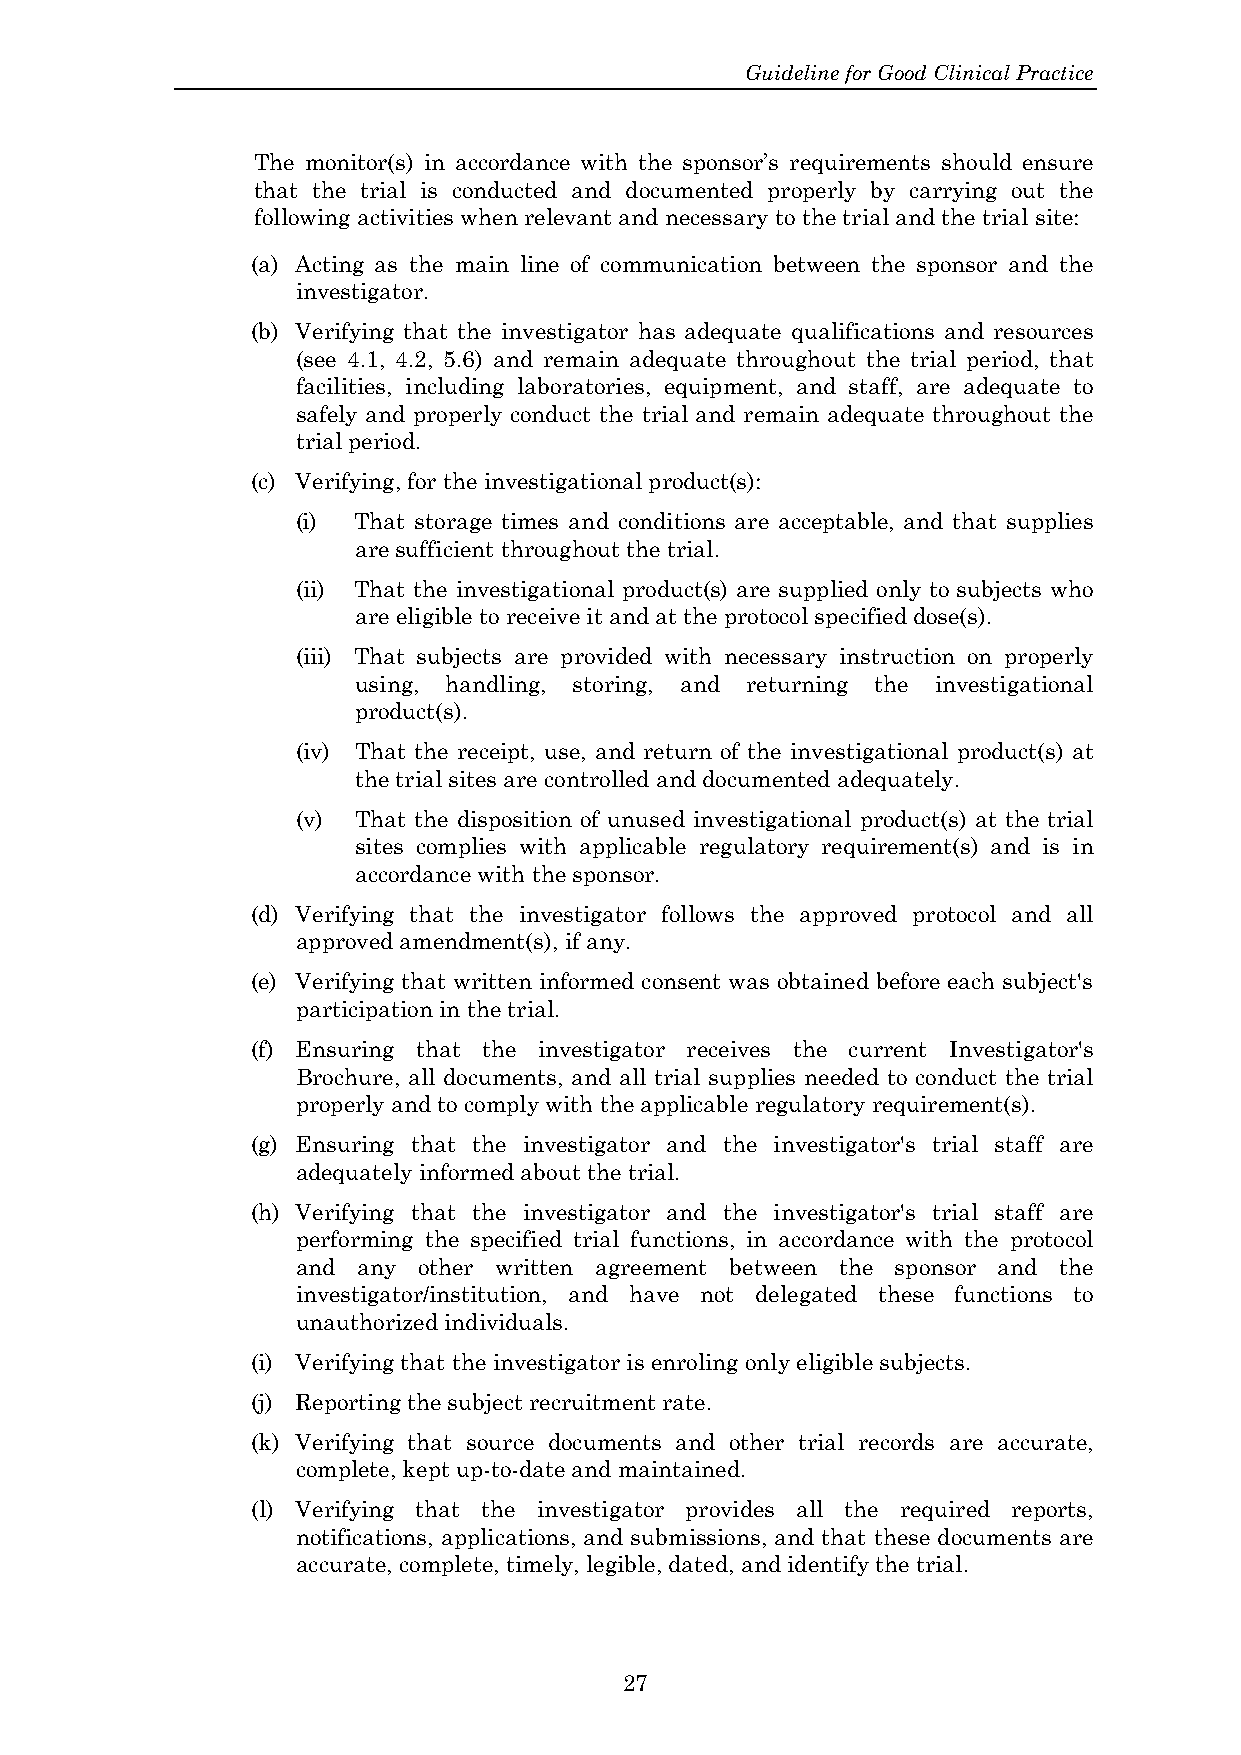
Guideline for Good Clinical Practice
 The monitor(s) in accordance with the sponsor’s requirements should ensure
 that the trial is conducted and documented properly by carrying out the
 following activities when relevant and necessary to the trial and the trial site:
 (a) Acting as the main line of communication between the sponsor and the
 investigator.
 (b) Verifying that the investigator has adequate qualifications and resources
 (see 4.1, 4.2, 5.6) and remain adequate throughout the trial period, that
 facilities, including laboratories, equipment, and staff, are adequate to
 safely and properly conduct the trial and remain adequate throughout the
 trial period.
 (c) Verifying, for the investigational product(s):
 (i) That storage times and conditions are acceptable, and that supplies
 are sufficient throughout the trial.
 (ii) That the investigational product(s) are supplied only to subjects who
 are eligible to receive it and at the protocol specified dose(s).
 (iii) That subjects are provided with necessary instruction on properly
 using, handling, storing, and returning the investigational
 product(s).
 (iv) That the receipt, use, and return of the investigational product(s) at
 the trial sites are controlled and documented adequately.
 (v) That the disposition of unused investigational product(s) at the trial
 sites complies with applicable regulatory requirement(s) and is in
 accordance with the sponsor.
 (d) Verifying that the investigator follows the approved protocol and all
 approved amendment(s), if any.
 (e) Verifying that written informed consent was obtained before each subject's
 participation in the trial.
 (f) Ensuring that the investigator receives the current Investigator's
 Brochure, all documents, and all trial supplies needed to conduct the trial
 properly and to comply with the applicable regulatory requirement(s).
 (g) Ensuring that the investigator and the investigator's trial staff are
 adequately informed about the trial.
 (h) Verifying that the investigator and the investigator's trial staff are
 performing the specified trial functions, in accordance with the protocol
 and any other written agreement between the sponsor and the
 investigator/institution, and have not delegated these functions to
 unauthorized individuals.
 (i) Verifying that the investigator is enroling only eligible subjects.
 (j) Reporting the subject recruitment rate.
 (k) Verifying that source documents and other trial records are accurate,
 complete, kept up-to-date and maintained.
 (l) Verifying that the investigator provides all the required reports,
 notifications, applications, and submissions, and that these documents are
 accurate, complete, timely, legible, dated, and identify the trial.
 27